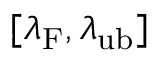
[ \lambda _ { \mathrm { F } } , \lambda _ { \mathrm { u b } } ]